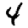
Digit: 4